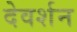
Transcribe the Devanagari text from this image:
देवर्शन